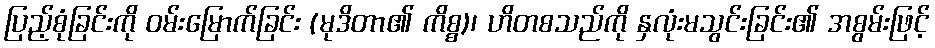
ပြည့်စုံခြင်းကို ဝမ်းမြောက်ခြင်း (မုဒိတာ၏ ကိစ္စ)၊ ဟိတစသည်ကို နှလုံးမသွင်းခြင်း၏ အစွမ်းဖြင့်